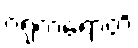
ဂရုကရောတိ